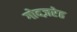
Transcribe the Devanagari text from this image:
गोदज़रेह